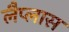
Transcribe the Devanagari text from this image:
लैप्लास